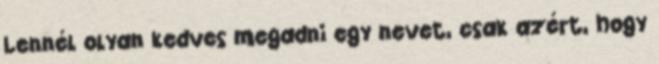
Lennél olyan kedves megadni egy nevet, csak azért, hogy